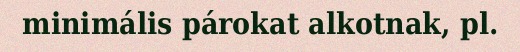
minimális párokat alkotnak, pl.